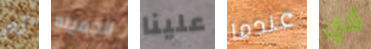
لم الجميله علينا عندما لدي